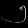
Digit: ၅